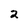
Character: 2